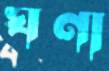
ঘণা